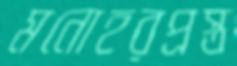
মনোহরপ্রস্ত